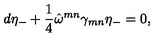
d \eta _ { - } + \frac { 1 } { 4 } \hat { \omega } ^ { m n } \gamma _ { m n } \eta _ { - } = 0 ,